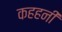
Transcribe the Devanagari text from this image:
कहहनी